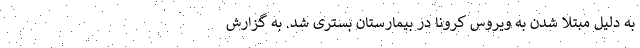
به دلیل مبتلا شدن به ویروس کرونا در بیمارستان بستری شد. به گزارش